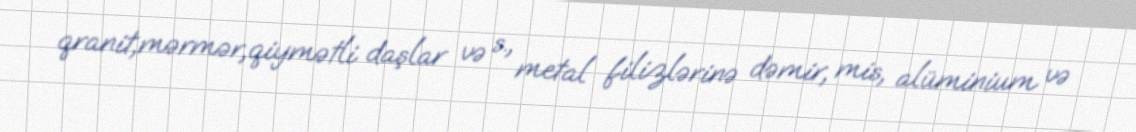
qranit,mərmər,qiymətli daşlar və s., metal filizlərinə dəmir, mis, alüminium və